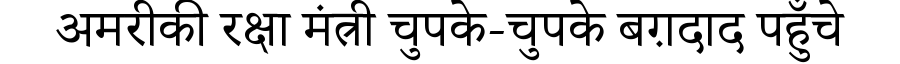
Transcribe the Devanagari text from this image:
अमरीकी रक्षा मंत्री चुपके-चुपके बग़दाद पहुँचे